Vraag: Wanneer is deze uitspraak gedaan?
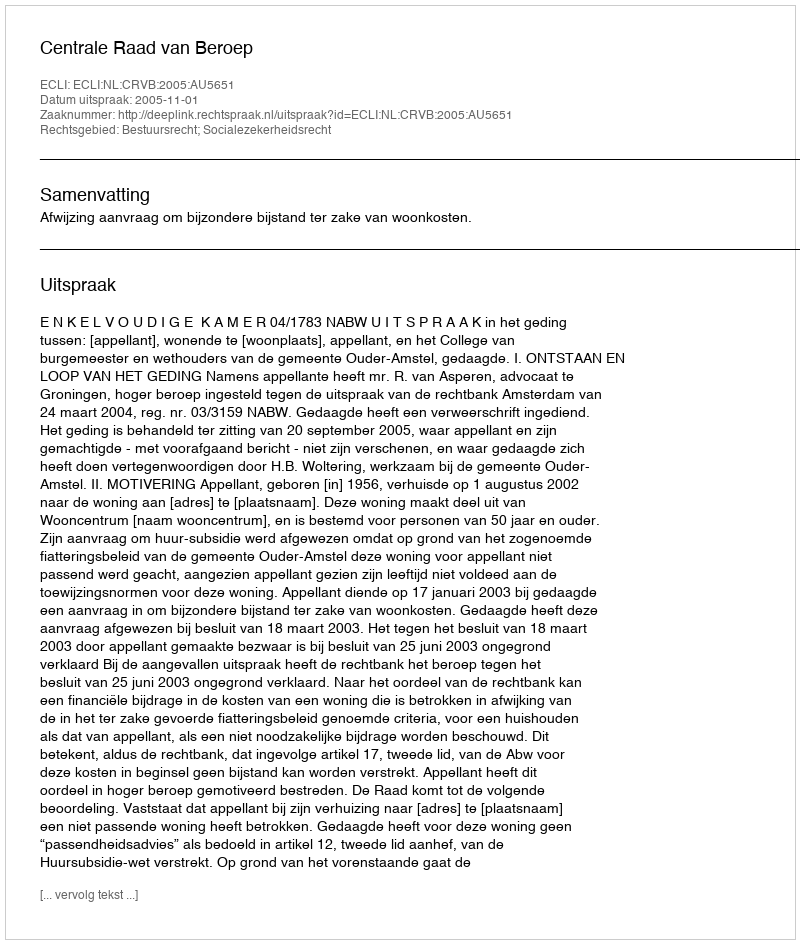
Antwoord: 2005-11-01